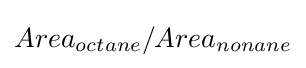
Area_{octane}/Area_{nonane}